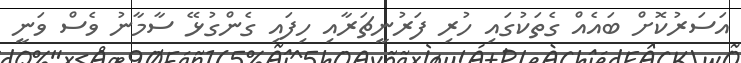
އަސަރުކޮށް ބައެއް ގެތަކުގައި ހުރި ފަރުނީޗަރާއި ހިފައި ގެންގުޅޭ ސާމާނު ވެސް ވަނީ